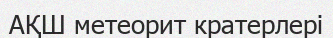
АҚШ метеорит кратерлері